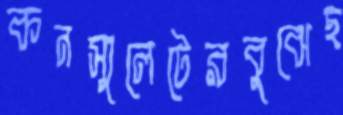
কনস্যুলেটেরবুঝেছ